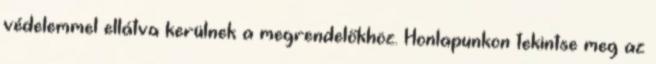
védelemmel ellátva kerülnek a megrendelőkhöz. Honlapunkon tekintse meg az